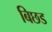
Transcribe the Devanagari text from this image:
बिछड